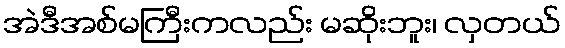
အဲဒီအစ်မကြီးကလည်း မဆိုးဘူး၊ လှတယ်